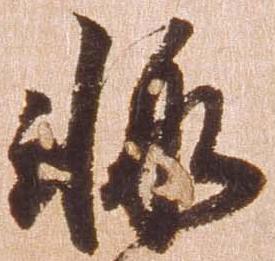
輙